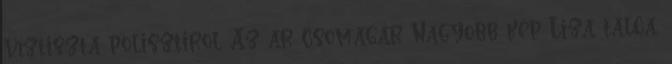
víztiszta polisztirol Az ár csomagár Nagyobb kép Liza tálca,